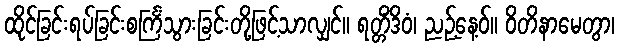
ထိုင်ခြင်းရပ်ခြင်းစင်္ကြံသွားခြင်းတို့ဖြင့်သာလျှင်။ ရတ္တိံဒိဝံ၊ ညဉ့်နေ့ဝ်။ ဝိတိနာမေတွာ၊